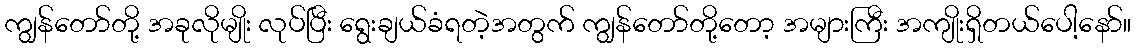
ကျွန်တော်တို့ အခုလိုမျိုး လုပ်ပြီး ရွေးချယ်ခံရတဲ့အတွက် ကျွန်တော်တို့တော့ အများကြီး အကျိုးရှိတယ်ပေါ့နော်။